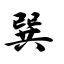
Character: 巽